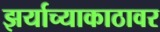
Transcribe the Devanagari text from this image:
झर्याच्याकाठावर